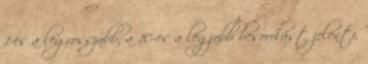
1-es a legrosszabb, a 10-es a legjobb besorolást jelenti.